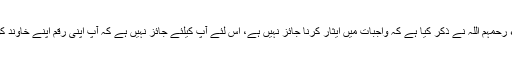
اگر یہ رقم آپ دونوں کی ہے تو علماء رحمہم اللہ نے ذکر کیا ہے کہ واجبات میں ایثار کرنا جائز نہیں ہے، اس لئے آپ کیلئے جائز نہیں ہے کہ آپ اپنی رقم اپنے خاوند کو دے دیں اور آپ خود عمرہ نہ کریں۔